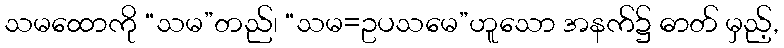
သမထောကို “သမ”တည်၊ “သမ=ဥပသမေ”ဟူသော အနက်၌ ဓာတ် မှည့်,